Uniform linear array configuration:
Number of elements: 48
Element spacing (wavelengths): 0.75
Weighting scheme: hann
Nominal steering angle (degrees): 45
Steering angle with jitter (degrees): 46.95
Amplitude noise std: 0.05
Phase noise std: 0.05

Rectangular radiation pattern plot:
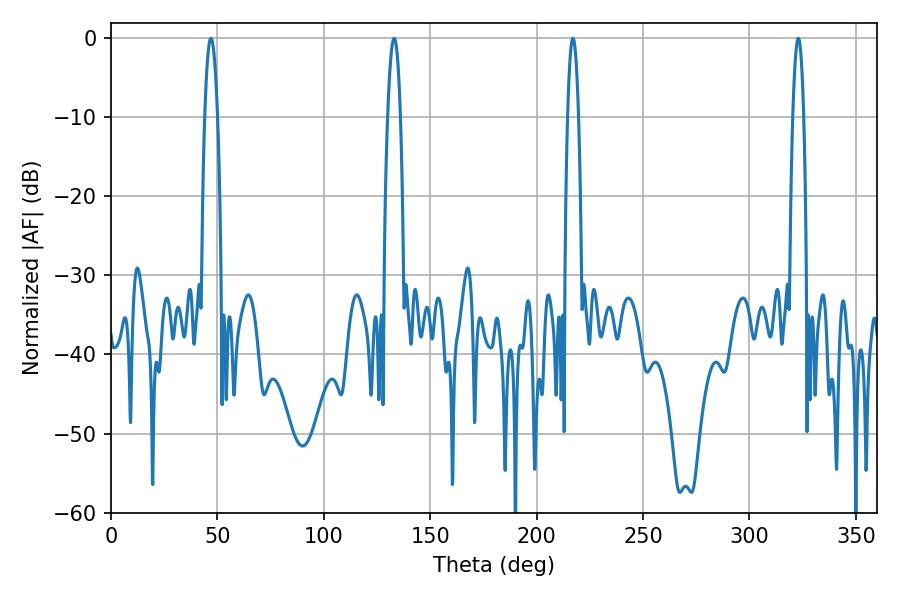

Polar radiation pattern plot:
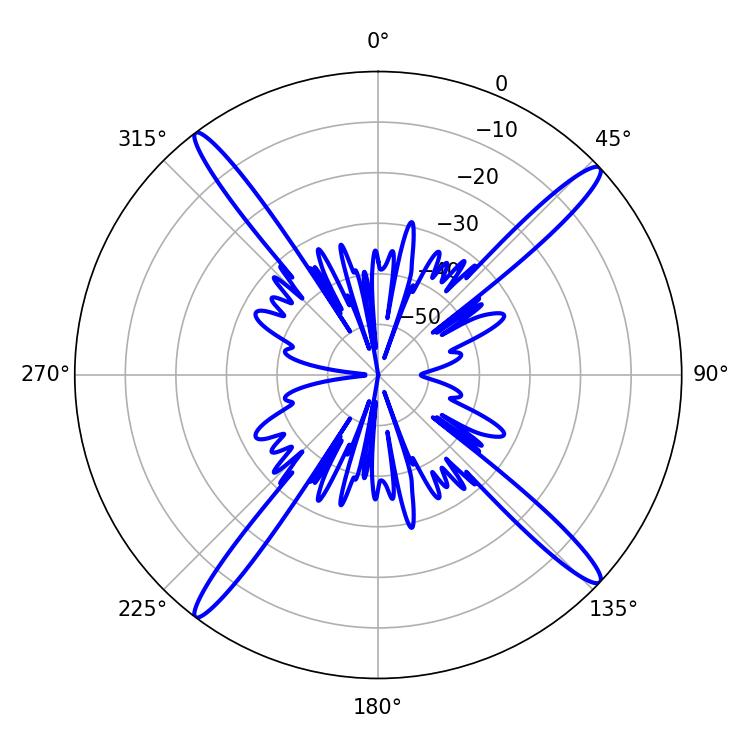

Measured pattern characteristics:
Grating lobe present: TRUE
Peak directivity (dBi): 18.671
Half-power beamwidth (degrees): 3.24
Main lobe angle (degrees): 46.98